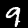
Label: 9